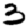
Digit: 3